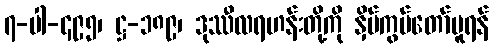
၇-ပါ-၄၉၅၊ ဋ္ဌ-၁၈၉၊ ဒုဿီလရဟန်းတို့ကို နှိပ်ကွပ်တော်မူရန်